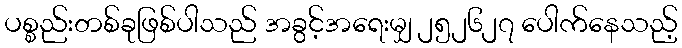
ပစ္စည်းတစ်ခုဖြစ်ပါသည် အခွင့်အရေးမျှ ၂၅၂၆၂၇ ပေါက်နေသည့်